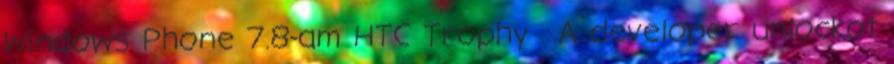
Windows Phone 7.8-am HTC Trophy . A developer unlockot